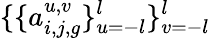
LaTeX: \{ \{ a_{i,j,g}^{u,v}\} _{u=-l}^{l}\} _{v=-l}^{l}